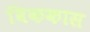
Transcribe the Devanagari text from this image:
विककास